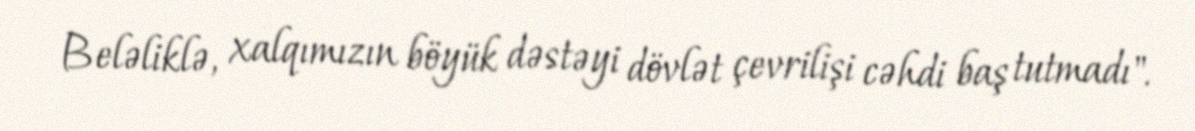
Beləliklə, xalqımızın böyük dəstəyi dövlət çevrilişi cəhdi baş tutmadı".